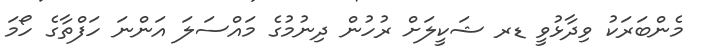
މެންބަރަކު ވިދާޅުވީ ޑރ ޝަކީލަށް ރުހުން ދިނުމުގެ މައްސަލަ އަންނަ ހަފްތާގެ ހޯމަ